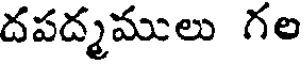
దపద్మములు గల